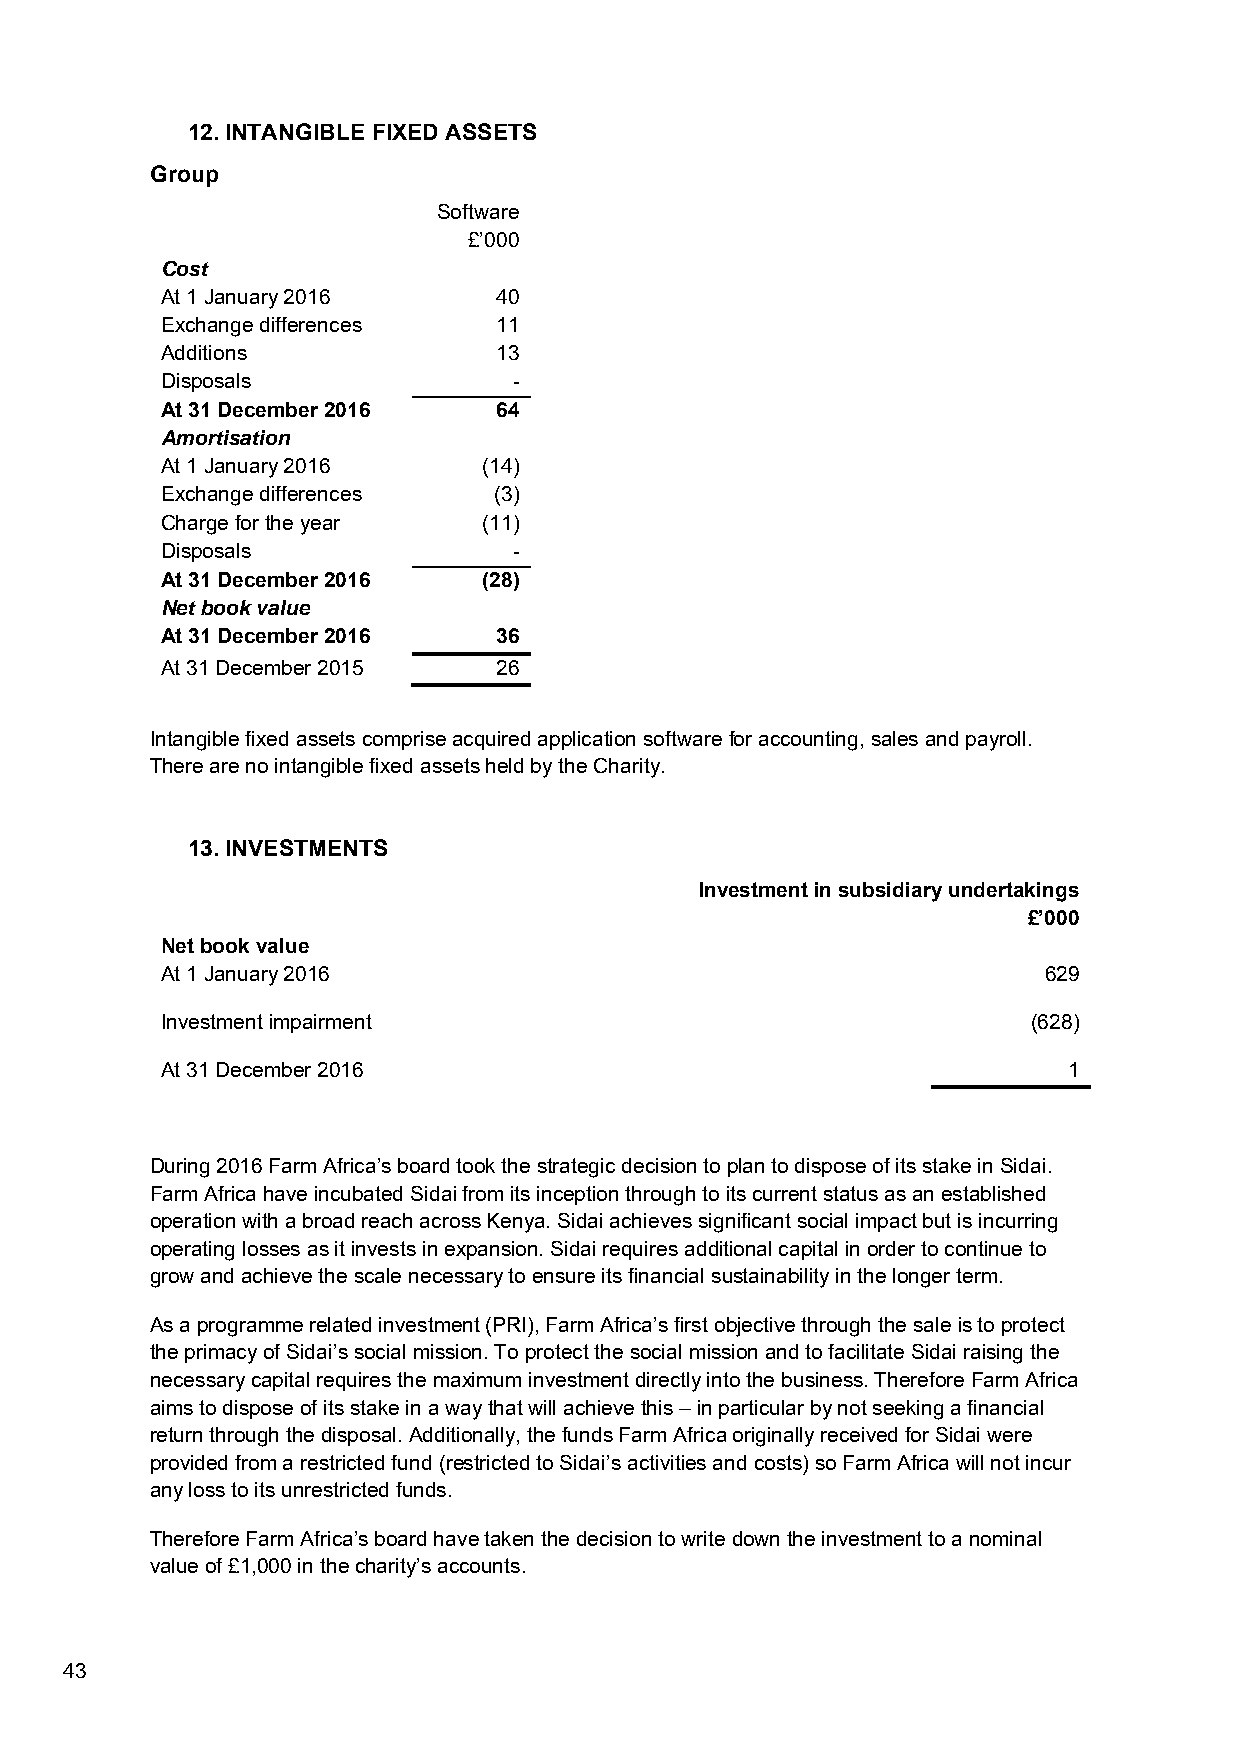
12. INTANGIBLE FIXED ASSETS
 Group
 Software
 £’000
 Cost
 At 1 January 2016     40
 Exchange differences  11
 Additions             13
 Disposals              -
 At 31 December 2016   64
 Amortisation
 At 1 January 2016    (14)
 Exchange differences  (3)
 Charge for the year  (11)
 Disposals              -
 At 31 December 2016  (28)
 Net book value
 At 31 December 2016   36
 At 31 December 2015   26
 Intangible fixed assets comprise acquired application software for accounting, sales and payroll.
 There are no intangible fixed assets held by the Charity.
 13. INVESTMENTS
 Investment in subsidiary undertakings
 £’000
 Net book value
 At 1 January 2016                                         629
 Investment impairment                                    (628)
 At 31 December 2016                                         1
 During 2016 Farm Africa’s board took the strategic decision to plan to dispose of its stake in Sidai.
 Farm Africa have incubated Sidai from its inception through to its current status as an established
 operation with a broad reach across Kenya. Sidai achieves significant social impact but is incurring
 operating losses as it invests in expansion. Sidai requires additional capital in order to continue to
 grow and achieve the scale necessary to ensure its financial sustainability in the longer term.
 As a programme related investment (PRI), Farm Africa’s first objective through the sale is to protect
 the primacy of Sidai’s social mission. To protect the social mission and to facilitate Sidai raising the
 necessary capital requires the maximum investment directly into the business. Therefore Farm Africa
 aims to dispose of its stake in a way that will achieve this – in particular by not seeking a financial
 return through the disposal. Additionally, the funds Farm Africa originally received for Sidai were
 provided from a restricted fund (restricted to Sidai’s activities and costs) so Farm Africa will not incur
 any loss to its unrestricted funds.
 Therefore Farm Africa’s board have taken the decision to write down the investment to a nominal
 value of £1,000 in the charity’s accounts.
 43